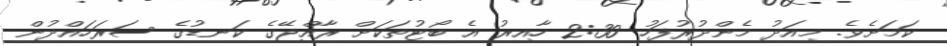
ކަމަށެވެ. މިއަދު މެންދުރުފަހު 2:30 ހާއިރު އެ ބޯޓުތަކަށް ރާއްޖޭގެ ކަނޑުގެ ސަރަހައްދުން